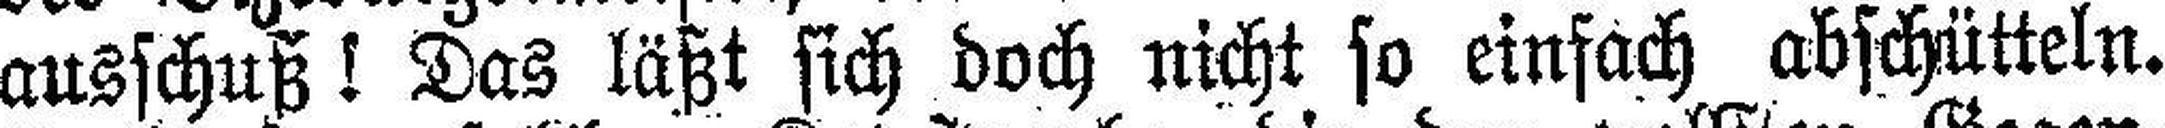
ausschuß! Das läßt sich doch nicht so einfach abschütteln.